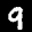
Label: 9